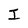
Character: I